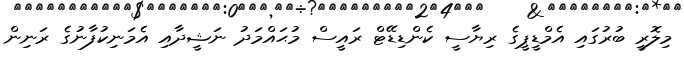
މިލޮރީ ބުރުގައި އެމްޑީޕީގެ ރިޔާސީ ކެންޑިޑޭޓް ރައީސް މުޙައްމަދު ނަޝީދާއި އެމަނިކުފާނުގެ ރަނިން